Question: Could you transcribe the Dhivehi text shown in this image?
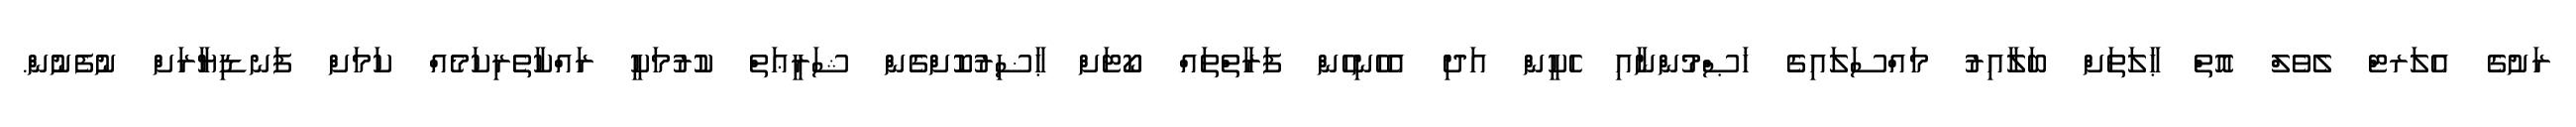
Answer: ރަށުގެ އެލަރޓް ލެވެލް އޮތް ޙާލަތަށް ބަލާއިރު މައްސަލައިގެ ޚަޞްމުންނާއި ހެކީން އަދި އެހެނިހެން ފަރާތްތައް ކޯޓަށް ޙާޟިރުކޮށްގެން ޝަރީޢަތް ކުރުމަކީ ރައްކާތެރިކަމެއް ކަމަށް ފަނޑިޔާރަށް ނުފެނުން.